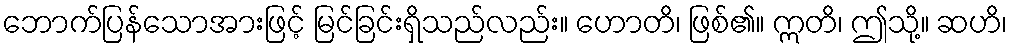
ဘောက်ပြန်သောအားဖြင့် မြင်ခြင်းရှိသည်လည်း။ ဟောတိ၊ ဖြစ်၏။ ဣတိ၊ ဤသို့။ ဆဟိ၊